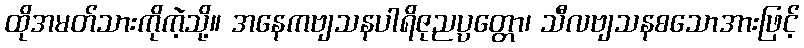
ထိုအမတ်သားကိုကဲ့သို့။ အနေကဗျသနပါရိဇုညပ္ပတ္တော၊ သီလဗျသနစသောအားဖြင့်